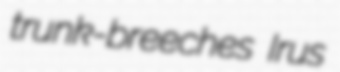
trunk-breeches Irus